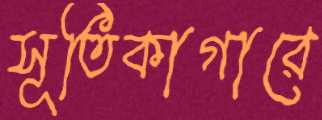
সূতিকাগারে